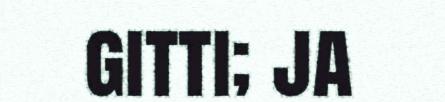
gitti; ja